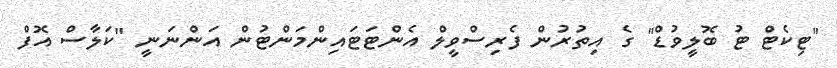
"ޓިކެޓް ޓު ބޮލީވުޑް" ގެ އިތުރުން ފެރިސްވީލް އެންޓަޓައިންމަންޓުން އަންނަނީ "ކަލާސް އޮފް